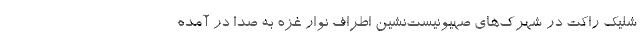
شلیک راکت در شهرک‌های صهیونیست‌نشین اطراف نوار غزه به صدا در آمده